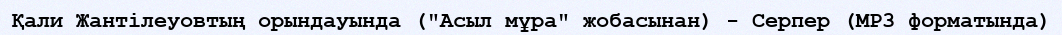
Қали Жантілеуовтың орындауында ("Асыл мұра" жобасынан) - Серпер (MP3 форматында)